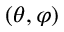
( \theta , \varphi )